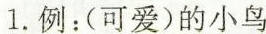
1.例：(可爱)的小鸟